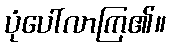
ပုံပေါ်လာကြ၏။